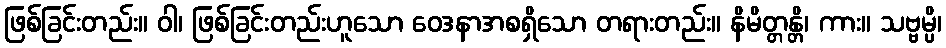
ဖြစ်ခြင်းတည်း။ ဝါ၊ ဖြစ်ခြင်းတည်းဟူသော ဝေဒနာအစရှိသော တရားတည်း။ နိမိတ္တန္တိ၊ ကား။ သဗ္ဗမ္ပိ၊